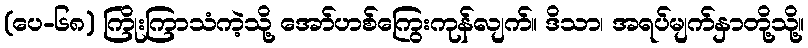
(ပေ-၆၈) ကြိုးကြာသံကဲ့သို့ အော်ဟစ်ကြွေးကုန်လျက်။ ဒိသာ၊ အရပ်မျက်နှာတို့သို့။